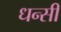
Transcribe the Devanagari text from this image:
धन्सी